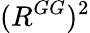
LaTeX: (R^{GG})^{2}